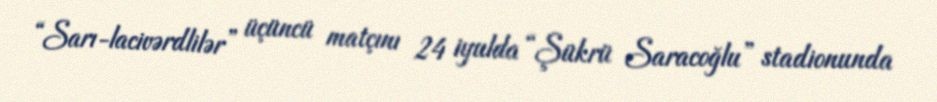
“Sarı-lacivərdlilər” üçüncü matçını 24 iyulda “Şükrü Saracoğlu” stadionunda